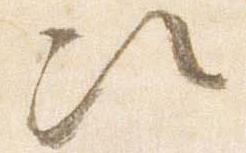
次